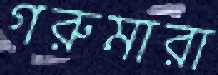
গরুমারা